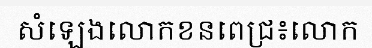
សំឡេងលោកខនពេជ្រ៖លោក